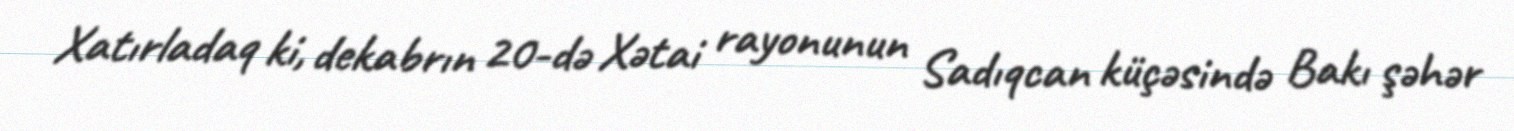
Xatırladaq ki, dekabrın 20-də Xətai rayonunun Sadıqcan küçəsində Bakı şəhər